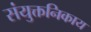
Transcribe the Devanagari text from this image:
संयुक्तनिकाय